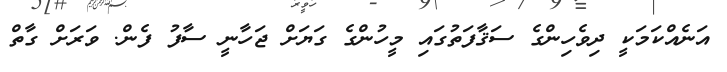
އަނެއްކަމަކީ ދިވެހިންގެ ސަޤާފަތުގައި މީހުންގެ ގަޔަށް ޖަހާނީ ސާފު ފެން. ވަރަށް ގާތް